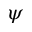
\psi